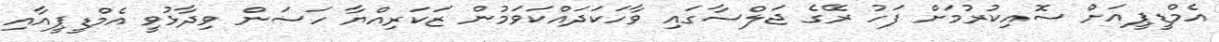
އެމްޑީޕީއަށް ސޮއިކުރުމަށް ފަހު ރޭގެ ޖަލްސާގައި ވާހަކަދައްކަވަމުން ޒަކަރިއްޔާ ހަސަން ވިދާޅުވީ އެމްޑީޕީއާއި